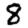
Digit: 8